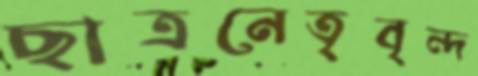
ছাত্রনেতৃবৃন্দ